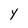
Character: Y